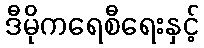
ဒီမိုကရေစီရေးနှင့်